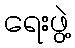
ရေးဖွဲ့